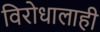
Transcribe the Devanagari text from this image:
विरोधालाही